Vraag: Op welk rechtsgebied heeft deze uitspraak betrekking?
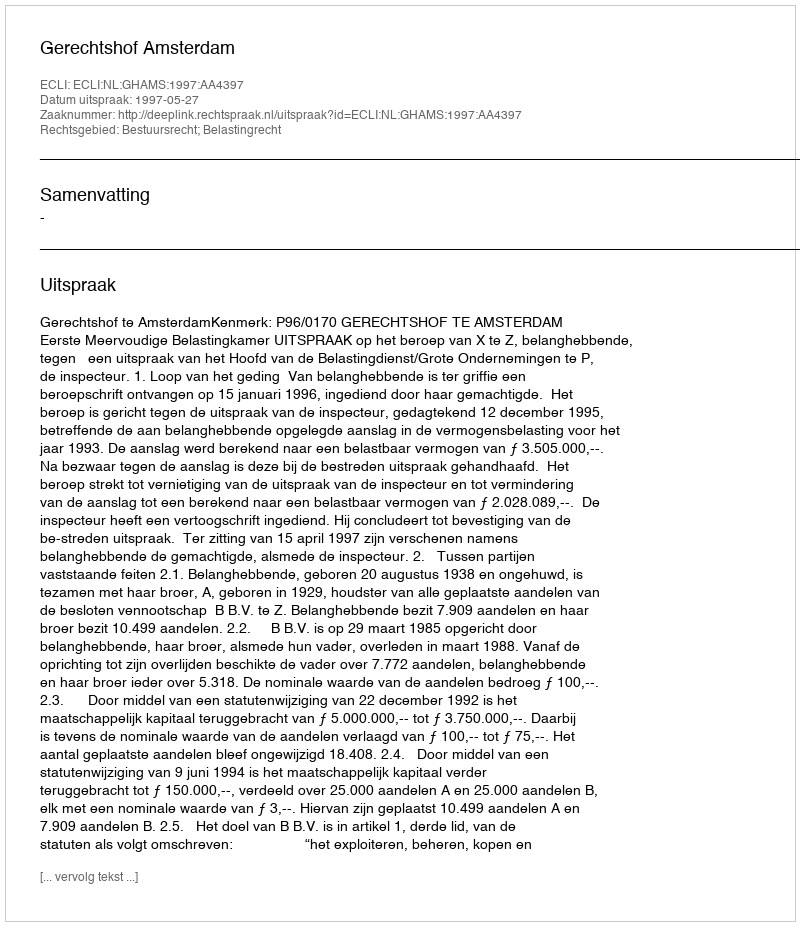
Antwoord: Bestuursrecht; Belastingrecht